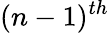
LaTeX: (n-1)^{th}